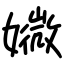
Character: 㜫